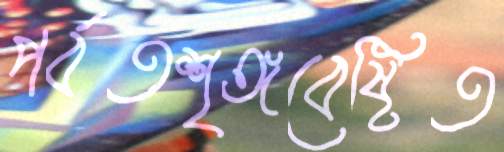
পর্বতশৃঙ্গবেষ্টিত